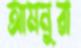
আমনুরা